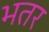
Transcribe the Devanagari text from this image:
भतर